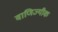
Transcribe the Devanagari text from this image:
वाणिज्यीक